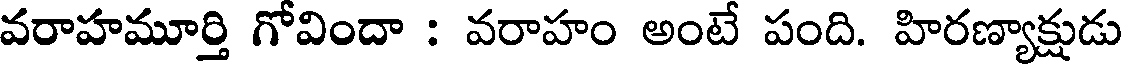
వరాహమూర్తి గోవిందా : వరాహం అంటే పంది. హిరణ్యాక్షుడు